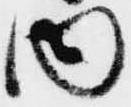
内